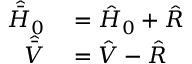
\begin{array} { r l } { \hat { \bar { H } } _ { 0 } } & { { } = \hat { H } _ { 0 } + \hat { R } } \\ { \hat { \bar { V } } } & { { } = \hat { V } - \hat { R } } \end{array}